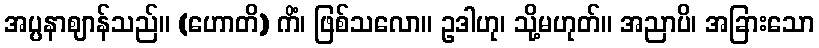
အပ္ပနာဈာန်သည်။ (ဟောတိ) ကိံ၊ ဖြစ်သလော။ ဥဒါဟု၊ သို့မဟုတ်။ အညာပိ၊ အခြားသော